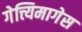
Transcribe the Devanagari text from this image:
गेत्त्यिमागेस